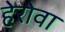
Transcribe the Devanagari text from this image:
हेरोवा